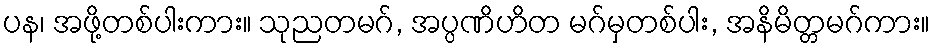
ပန၊ အဖို့တစ်ပါးကား။ သုညတမဂ်, အပ္ပဏိဟိတ မဂ်မှတစ်ပါး, အနိမိတ္တမဂ်ကား။